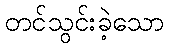
တင်သွင်းခဲ့သော